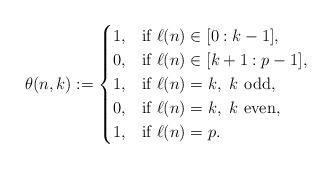
LaTeX: \begin{align*}\theta(n,k):=\begin{cases}1, & \mbox{if} \ \ell(n)\in[0:k-1],\\0, & \mbox{if} \ \ell(n)\in[k+1:p-1],\\1, & \mbox{if} \ \ell(n)=k,\,\,k\,\,\mbox{odd},\\0, & \mbox{if} \ \ell(n)=k,\,\,k\,\,\mbox{even},\\1, & \mbox{if} \ \ell(n)=p.\end{cases}\end{align*}